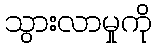
သွားလာမှုကို